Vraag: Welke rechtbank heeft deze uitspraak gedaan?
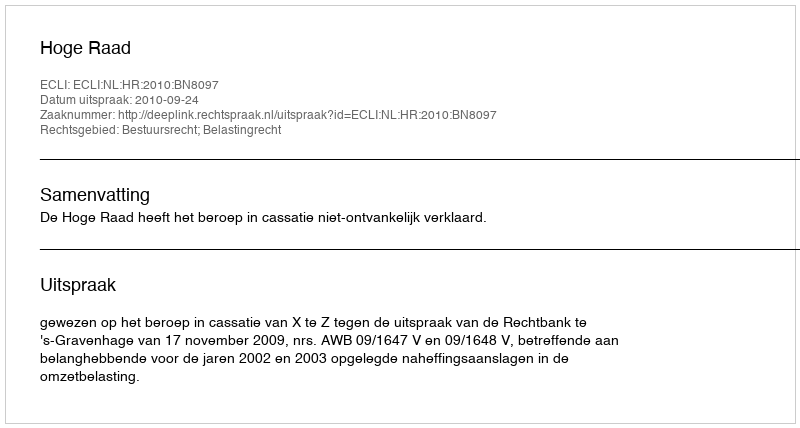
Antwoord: Hoge Raad